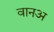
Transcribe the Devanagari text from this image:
वानअ